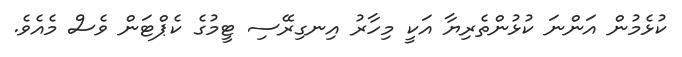
ކުޅެމުން އަންނަ ކުޅުންތެރިޔާ އަކީ މިހާރު އިނގިރޭސި ޓީމުގެ ކެޕްޓަން ވެސް މެއެވެ.